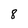
Character: 8